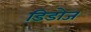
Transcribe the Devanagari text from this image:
डिडोज